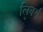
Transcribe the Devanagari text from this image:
लिबर्ग